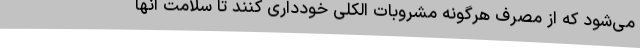
می‌شود که از مصرف هرگونه مشروبات الکلی خودداری کنند تا سلامت آنها